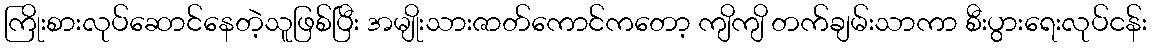
ကြိုးစားလုပ်ဆောင်နေတဲ့သူဖြစ်ပြီး အမျိုးသားဇာတ်ကောင်ကတော့ ကျိကျိ တက်ချမ်းသာကာ စီးပွားရေးလုပ်ငန်း